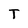
Character: T